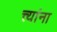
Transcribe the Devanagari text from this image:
त्त्यांना